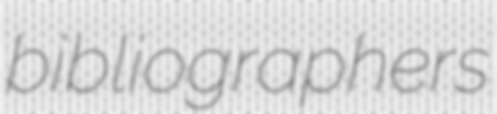
bibliographers